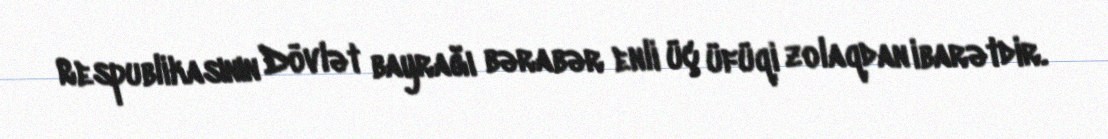
Respublikasının Dövlət bayrağı bərabər enli üç üfüqi zolaqdan ibarətdir.